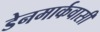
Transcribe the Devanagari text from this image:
डेनमार्कवासी